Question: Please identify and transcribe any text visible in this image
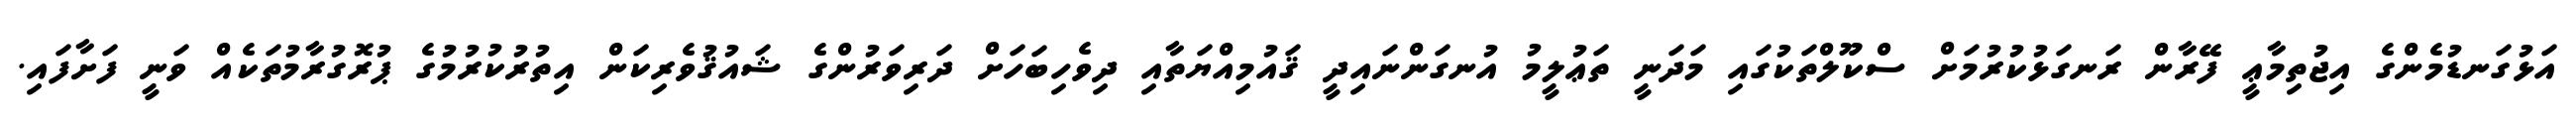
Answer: އަޅުގަނޑުމެންގެ އިޖުތިމާޢީ ފޭރާން ރަނގަޅުކުރުމަށް ސްކޫލްތަކުގައި މަދަނީ ތަޢުލީމު އުނގަންނައިދީ ޤައުމިއްޔަތާއި ދިވެހިބަހަށް ދަރިވަރުންގެ ޝައުޤުވެރިކަން އިތުރުކުރުމުގެ ޕުރޮގުރާމުތަކެއް ވަނީ ފަށާފައި.